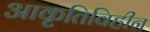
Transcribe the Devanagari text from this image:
आकृतिविहीन